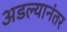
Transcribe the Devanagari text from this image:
अडल्यानंतर